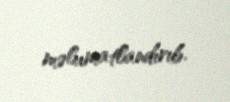
məlumatlandırıb.